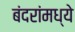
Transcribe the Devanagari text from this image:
बंदरांमध्ये